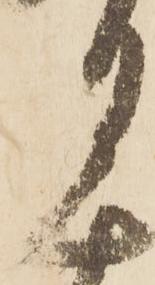
月